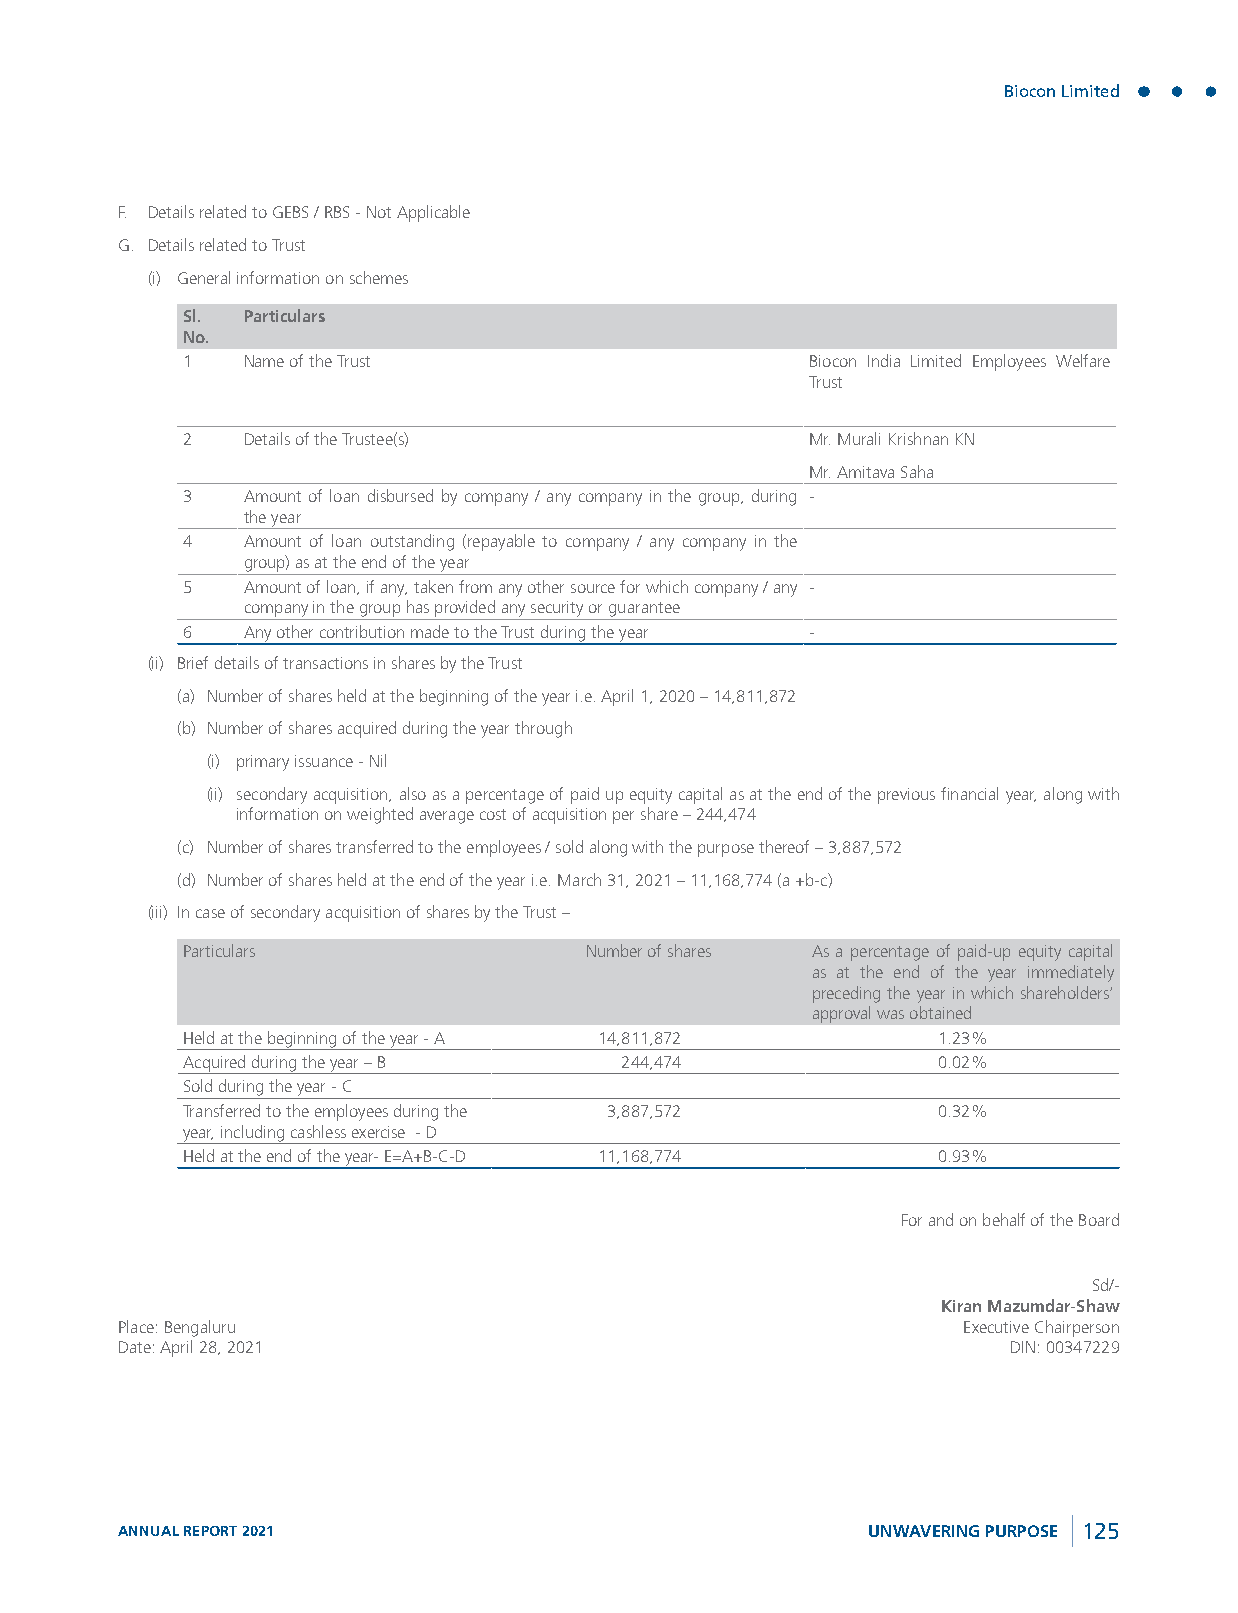
Biocon Limited
 F. Details related to GEBS / RBS - Not Applicable
 G. Details related to Trust
 (i) General information on schemes
 Sl. Particulars
 No.
 1   Name of the Trust                     Biocon India Limited Employees Welfare
 Trust
 2   Details of the Trustee(s)             Mr. Murali Krishnan KN
 Mr. Amitava Saha
 3   Amount of loan disbursed by company / any company in the group, during -
 the year
 4   Amount of loan outstanding (repayable to company / any company in the
 group) as at the end of the year
 5   Amount of loan, if any, taken from any other source for which company / any -
 company in the group has provided any security or guarantee
 6   Any other contribution made to the Trust during the year -
 (ii) Brief details of transactions in shares by the Trust
 (a) Number of shares held at the beginning of the year i.e. April 1, 2020 – 14,811,872
 (b) Number of shares acquired during the year through
 (i) primary issuance - Nil
 (ii) secondary acquisition, also as a percentage of paid up equity capital as at the end of the previous financial year, along with
 information on weighted average cost of acquisition per share – 244,474
 (c) Number of shares transferred to the employees / sold along with the purpose thereof – 3,887,572
 (d) Number of shares held at the end of the year i.e. March 31, 2021 – 11,168,774 (a +b-c)
 (iii) In case of secondary acquisition of shares by the Trust –
 Particulars                Number of shares As a percentage of paid-up equity capital
 as at the end of the year immediately
 preceding the year in which shareholders’
 approval was obtained
 Held at the beginning of the year - A 14,811,872  1.23%
 Acquired during the year – B 244,474              0.02%
 Sold during the year - C
 Transferred to the employees during the 3,887,572 0.32%
 year, including cashless exercise - D
 Held at the end of the year- E=A+B-C-D 11,168,774 0.93%
 For and on behalf of the Board
 Sd/-
 Kiran Mazumdar-Shaw
 Place: Bengaluru                                        Executive Chairperson
 Date: April 28, 2021                                       DIN: 00347229
 ANNUAL REPORT 2021                               UNWAVERING PURPOSE 125